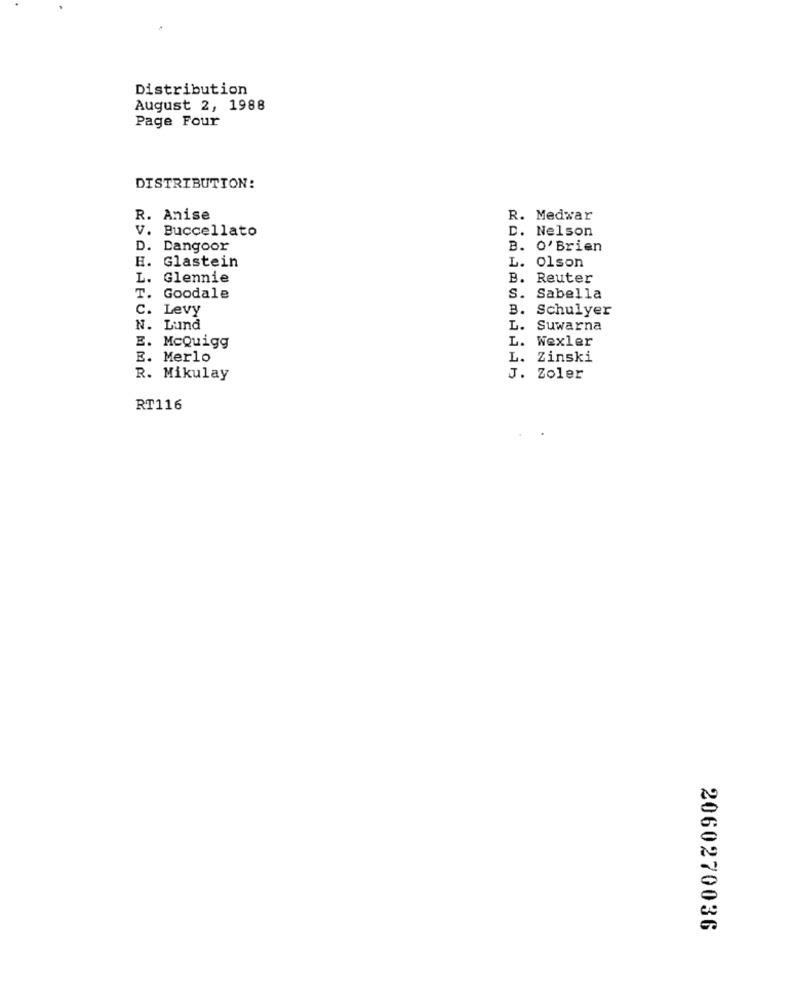
Distribution
August 2, 1988
Page Four
DISTRIBUTION:
R. Anise
R. Medwar
V. Buccellato
D. Nelson
D. Dangoor
B. O'Brien
H. Glastein
L. Olson
L. Glennie
B. Reuter
T. Goodale
S. Sabella
. Levy
B. Schulyer
N. Lund
L. Suwarna
L. Wexler
E. McQuigg
E. Merlo
L.
Zinski
R. Mikulay
J. Zoler
RT116
2060270036